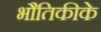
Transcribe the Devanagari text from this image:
भौतिकीके